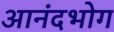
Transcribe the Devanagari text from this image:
आनंदभोग